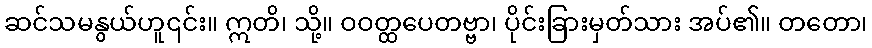
ဆင်သမနွယ်ဟူ၎င်း။ ဣတိ၊ သို့။ ဝဝတ္ထပေတဗ္ဗာ၊ ပိုင်းခြားမှတ်သား အပ်၏။ တတော၊